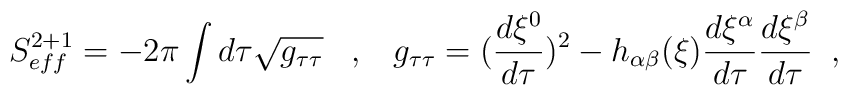
S_{eff}^{2+1}=-2\pi \int d\tau \sqrt{ g_{\tau\tau} } \;\;\;,\;\;\;   g_{\tau\tau}=(\frac{d\xi^{0}}{d\tau})^{2}              -h_{\alpha\beta}(\xi) \frac{d\xi^{\alpha}}{d\tau}                                     \frac{d\xi^{\beta}}{d\tau}  \;\;,